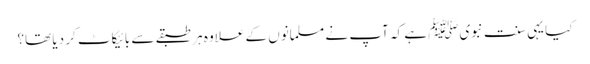
کیا یہی سنت نبویﷺ ہے کہ آپ نے مسلمانوں کے علاوہ ہر طبقے سے بائیکاٹ کر دیا تھا؟